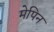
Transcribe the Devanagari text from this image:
मेपिन